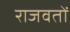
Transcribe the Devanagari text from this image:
राजवतों